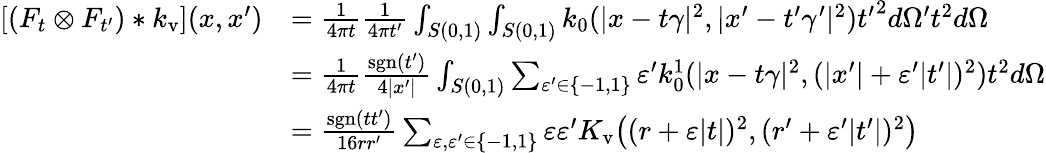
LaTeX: \begin{array}{rl}{[(F_{t}\otimes F_{t^{\prime}})*k_{\mathrm{v}}](x,x^{\prime})}&{=\frac{1}{4\pi t}\frac{1}{4\pi t^{\prime}}\int_{S(0,1)}\int_{S(0,1)}k_{0}(|x-t\gamma|^{2},|x^{\prime}-t^{\prime}\gamma^{\prime}|^{2}){t^{\prime}}^{2}d\Omega^{\prime}t^{2}d\Omega}\\ &{=\frac{1}{4\pi t}\frac{\mathrm{sgn}(t^{\prime})}{4|x^{\prime}|}\int_{S(0,1)}\sum_{\varepsilon^{\prime}\in\{ -1,1\} }\varepsilon^{\prime}k_{0}^{1}(|x-t\gamma|^{2},(|x^{\prime}|+\varepsilon^{\prime}|t^{\prime}|)^{2})t^{2}d\Omega}\\ &{=\frac{\mathrm{sgn}(tt^{\prime})}{16rr^{\prime}}\sum_{\varepsilon,\varepsilon^{\prime}\in\{ -1,1\} }\varepsilon\varepsilon^{\prime}K_{\mathrm{v}}\big((r+\varepsilon|t|)^{2},(r^{\prime}+\varepsilon^{\prime}|t^{\prime}|)^{2}\big)}\end{array}